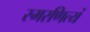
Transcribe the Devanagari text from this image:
स्मरणित्यं